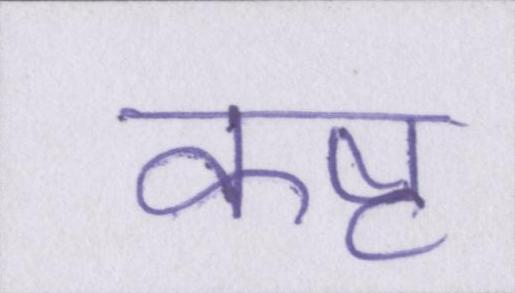
कष्ट